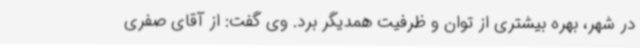
در شهر، بهره بیشتری از توان و ظرفیت همدیگر برد. وی گفت: از آقای صفری